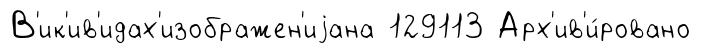
В'ик'ив'идах'изображен'иjана 129113 Арх'ив'и́ровано